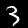
Label: 3